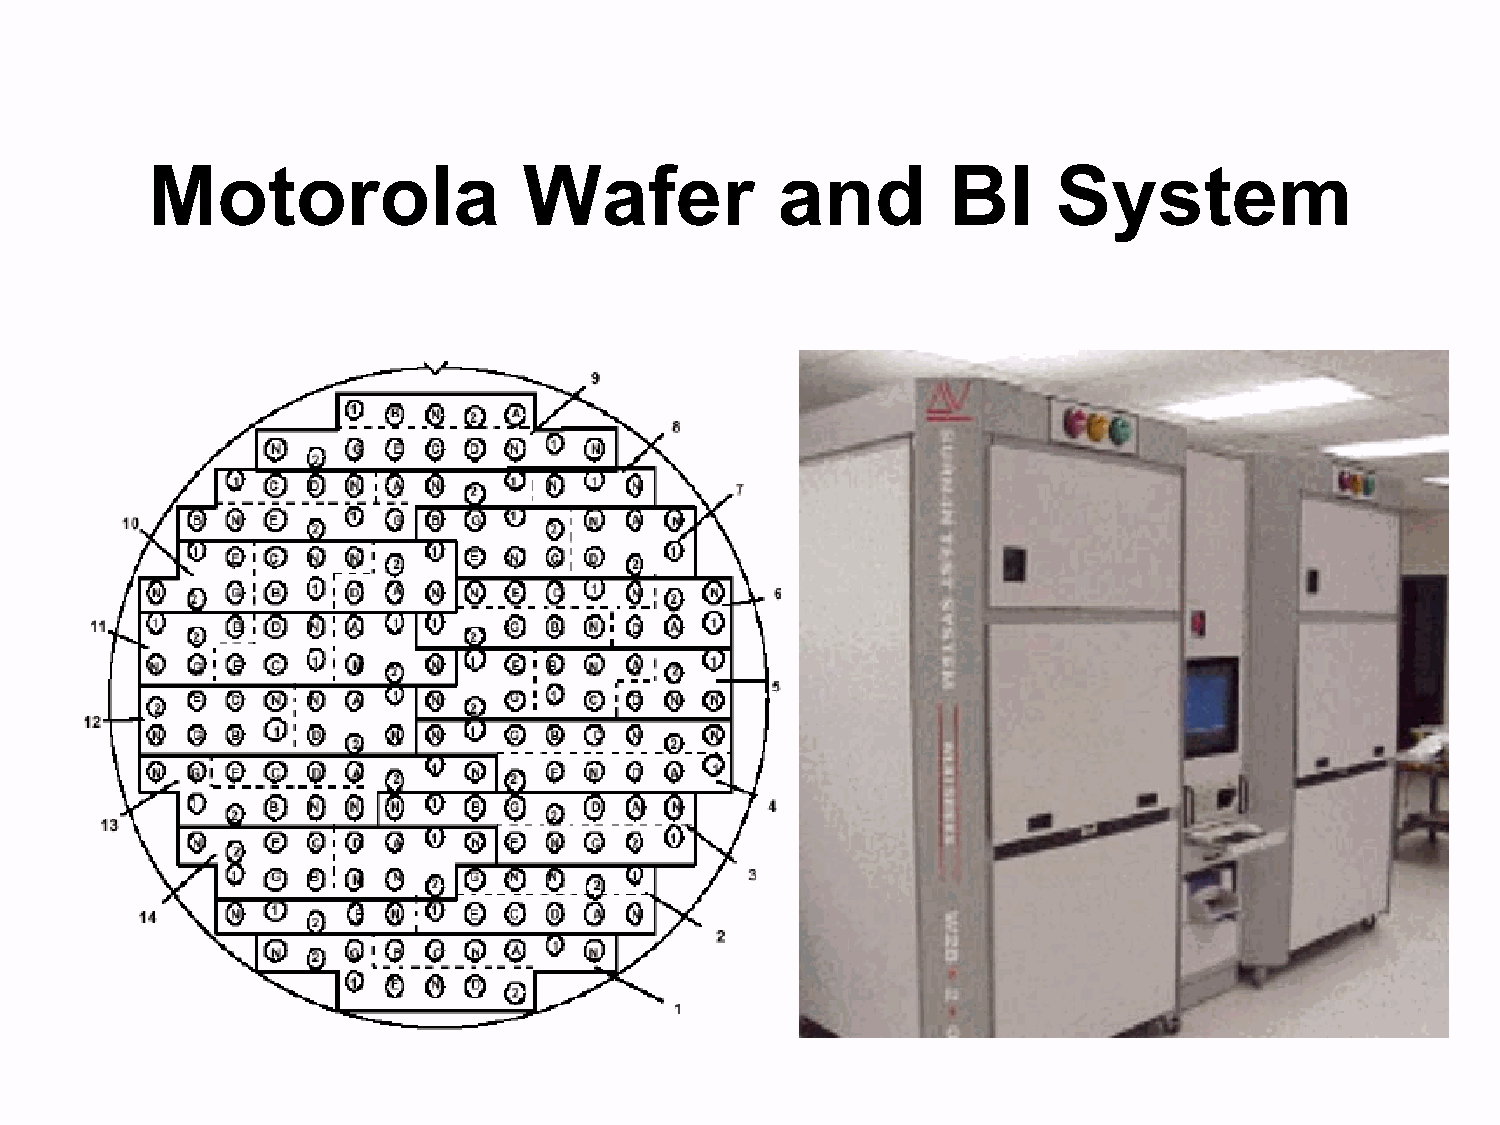
Motorola                 Wafer           and         BI     System